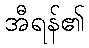
အီရန်၏